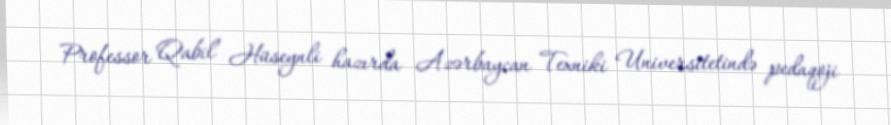
Professor Qabil Hüseynli hazırda Azərbaycan Texniki Universitetində pedaqoji